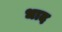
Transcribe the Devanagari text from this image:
धाद